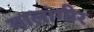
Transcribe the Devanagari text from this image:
बालांगीर